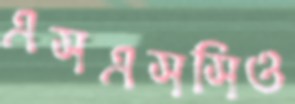
এসএসসিও